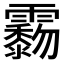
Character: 𩆲